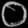
Digit: ၀